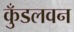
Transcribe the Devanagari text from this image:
कुँडलवन